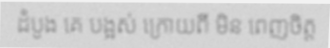
ដំបូង គេ បង្អស់ ក្រោយពី មិន ពេញចិត្ត